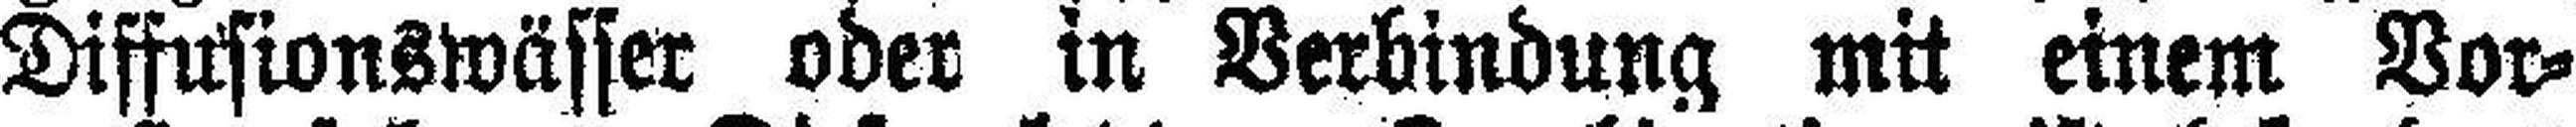
Diffusionswässer oder in Verbindung mit einem Vor¬